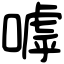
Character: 嘑